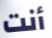
أنت